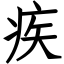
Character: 疾